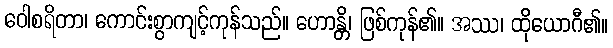
ဝေါစရိတာ၊ ကောင်းစွာကျင့်ကုန်သည်။ ဟောန္တိ၊ ဖြစ်ကုန်၏။ အဿ၊ ထိုယောဂီ၏။